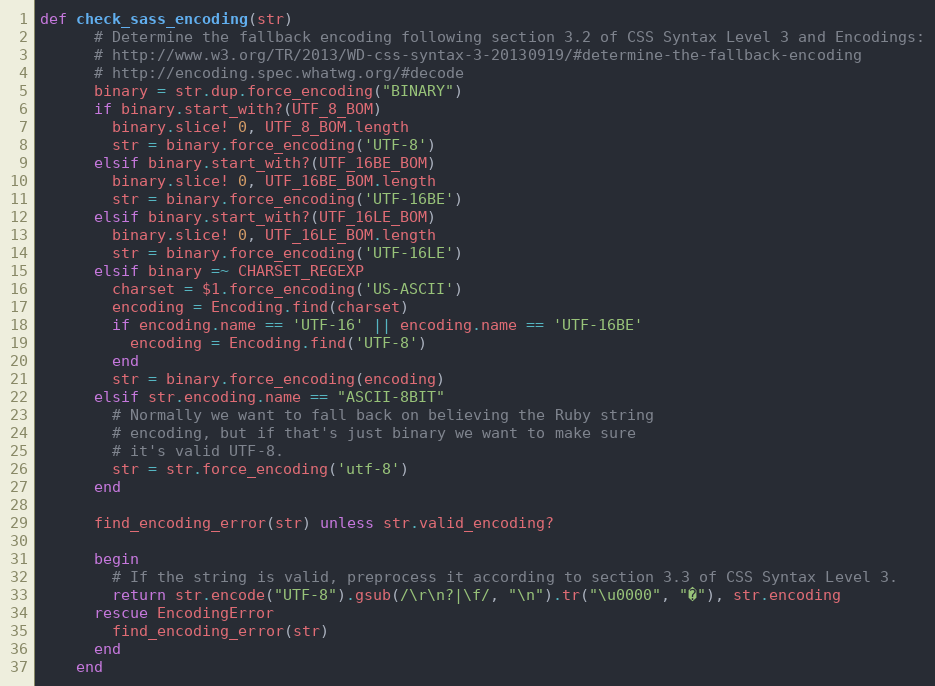
Language: Ruby
def check_sass_encoding(str)
      # Determine the fallback encoding following section 3.2 of CSS Syntax Level 3 and Encodings:
      # http://www.w3.org/TR/2013/WD-css-syntax-3-20130919/#determine-the-fallback-encoding
      # http://encoding.spec.whatwg.org/#decode
      binary = str.dup.force_encoding("BINARY")
      if binary.start_with?(UTF_8_BOM)
        binary.slice! 0, UTF_8_BOM.length
        str = binary.force_encoding('UTF-8')
      elsif binary.start_with?(UTF_16BE_BOM)
        binary.slice! 0, UTF_16BE_BOM.length
        str = binary.force_encoding('UTF-16BE')
      elsif binary.start_with?(UTF_16LE_BOM)
        binary.slice! 0, UTF_16LE_BOM.length
        str = binary.force_encoding('UTF-16LE')
      elsif binary =~ CHARSET_REGEXP
        charset = $1.force_encoding('US-ASCII')
        encoding = Encoding.find(charset)
        if encoding.name == 'UTF-16' || encoding.name == 'UTF-16BE'
          encoding = Encoding.find('UTF-8')
        end
        str = binary.force_encoding(encoding)
      elsif str.encoding.name == "ASCII-8BIT"
        # Normally we want to fall back on believing the Ruby string
        # encoding, but if that's just binary we want to make sure
        # it's valid UTF-8.
        str = str.force_encoding('utf-8')
      end

      find_encoding_error(str) unless str.valid_encoding?

      begin
        # If the string is valid, preprocess it according to section 3.3 of CSS Syntax Level 3.
        return str.encode("UTF-8").gsub(/\r\n?|\f/, "\n").tr("\u0000", "�"), str.encoding
      rescue EncodingError
        find_encoding_error(str)
      end
    end